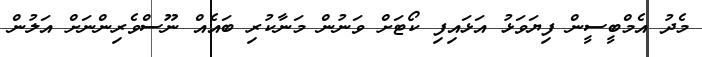
މެދު އެމްބީސީން ފިޔަވަޅު އަޅައިފި ކޯޓަށް ވަނުން މަނާކުރި ބައެއް ނޫސްވެރިންނަށް އަލުން